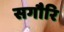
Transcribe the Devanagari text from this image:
सगौरि